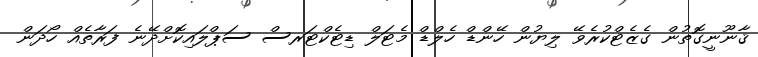
ޤާނޫނީގޮތުން ގެޒެޓްކުރެވޭ ލިޔުން ހޭންޑް ހެލްޑް މެޓަލް ޑިޓެކްޓަރސް ސަޕްލައިކޮށްދޭނެ ފަރާތެއް ހޯދަން